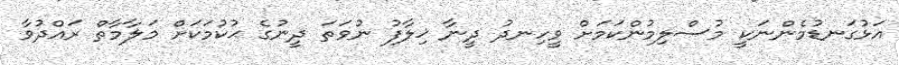
އަޅުގަނޑުމެންނަކީ މުސްލިމުންކަމަށް ވީހިނދު ދީނާ ޚިލާފު ނުވަތަ ދީނުގެ ޙުކުމަކަށް މަލާމާތް ރައްދުވާ